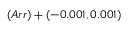
( A r r ) + ( - 0 . 0 0 1 , 0 . 0 0 1 )